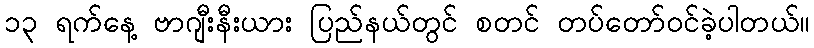
၁၃ ရက်နေ့ ဗာဂျီးနီးယား ပြည်နယ်တွင် စတင် တပ်တော်ဝင်ခဲ့ပါတယ်။